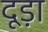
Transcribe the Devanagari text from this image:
दूड़ा